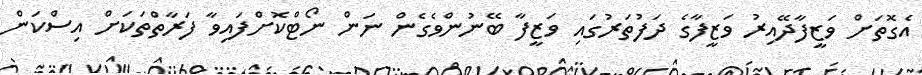
އެގޮތަށް ވަޒީފާދޭއިރު ވަޒީފާގެ ދަފުތަރުގައި ވަޒީފާ ބޭނުންވެގެން ނަން ނޯޓްކޮށްފައިވާ ފަރާތްތަކަށް އިސްކަން